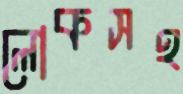
লোকসহ